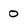
Character: 0